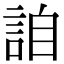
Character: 詯